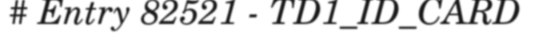
# Entry 82521 - TD1_ID_CARD